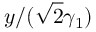
y / ( \sqrt { 2 } \gamma _ { 1 } )